Bréfritari: Sigríður Pálsdóttir
Viðtakandi: Páll Pálsson
Dagsetning: A-1842-09-18
Skrifað á: Síðumúla  Mýr.
Páll var bróðir Sigríðar

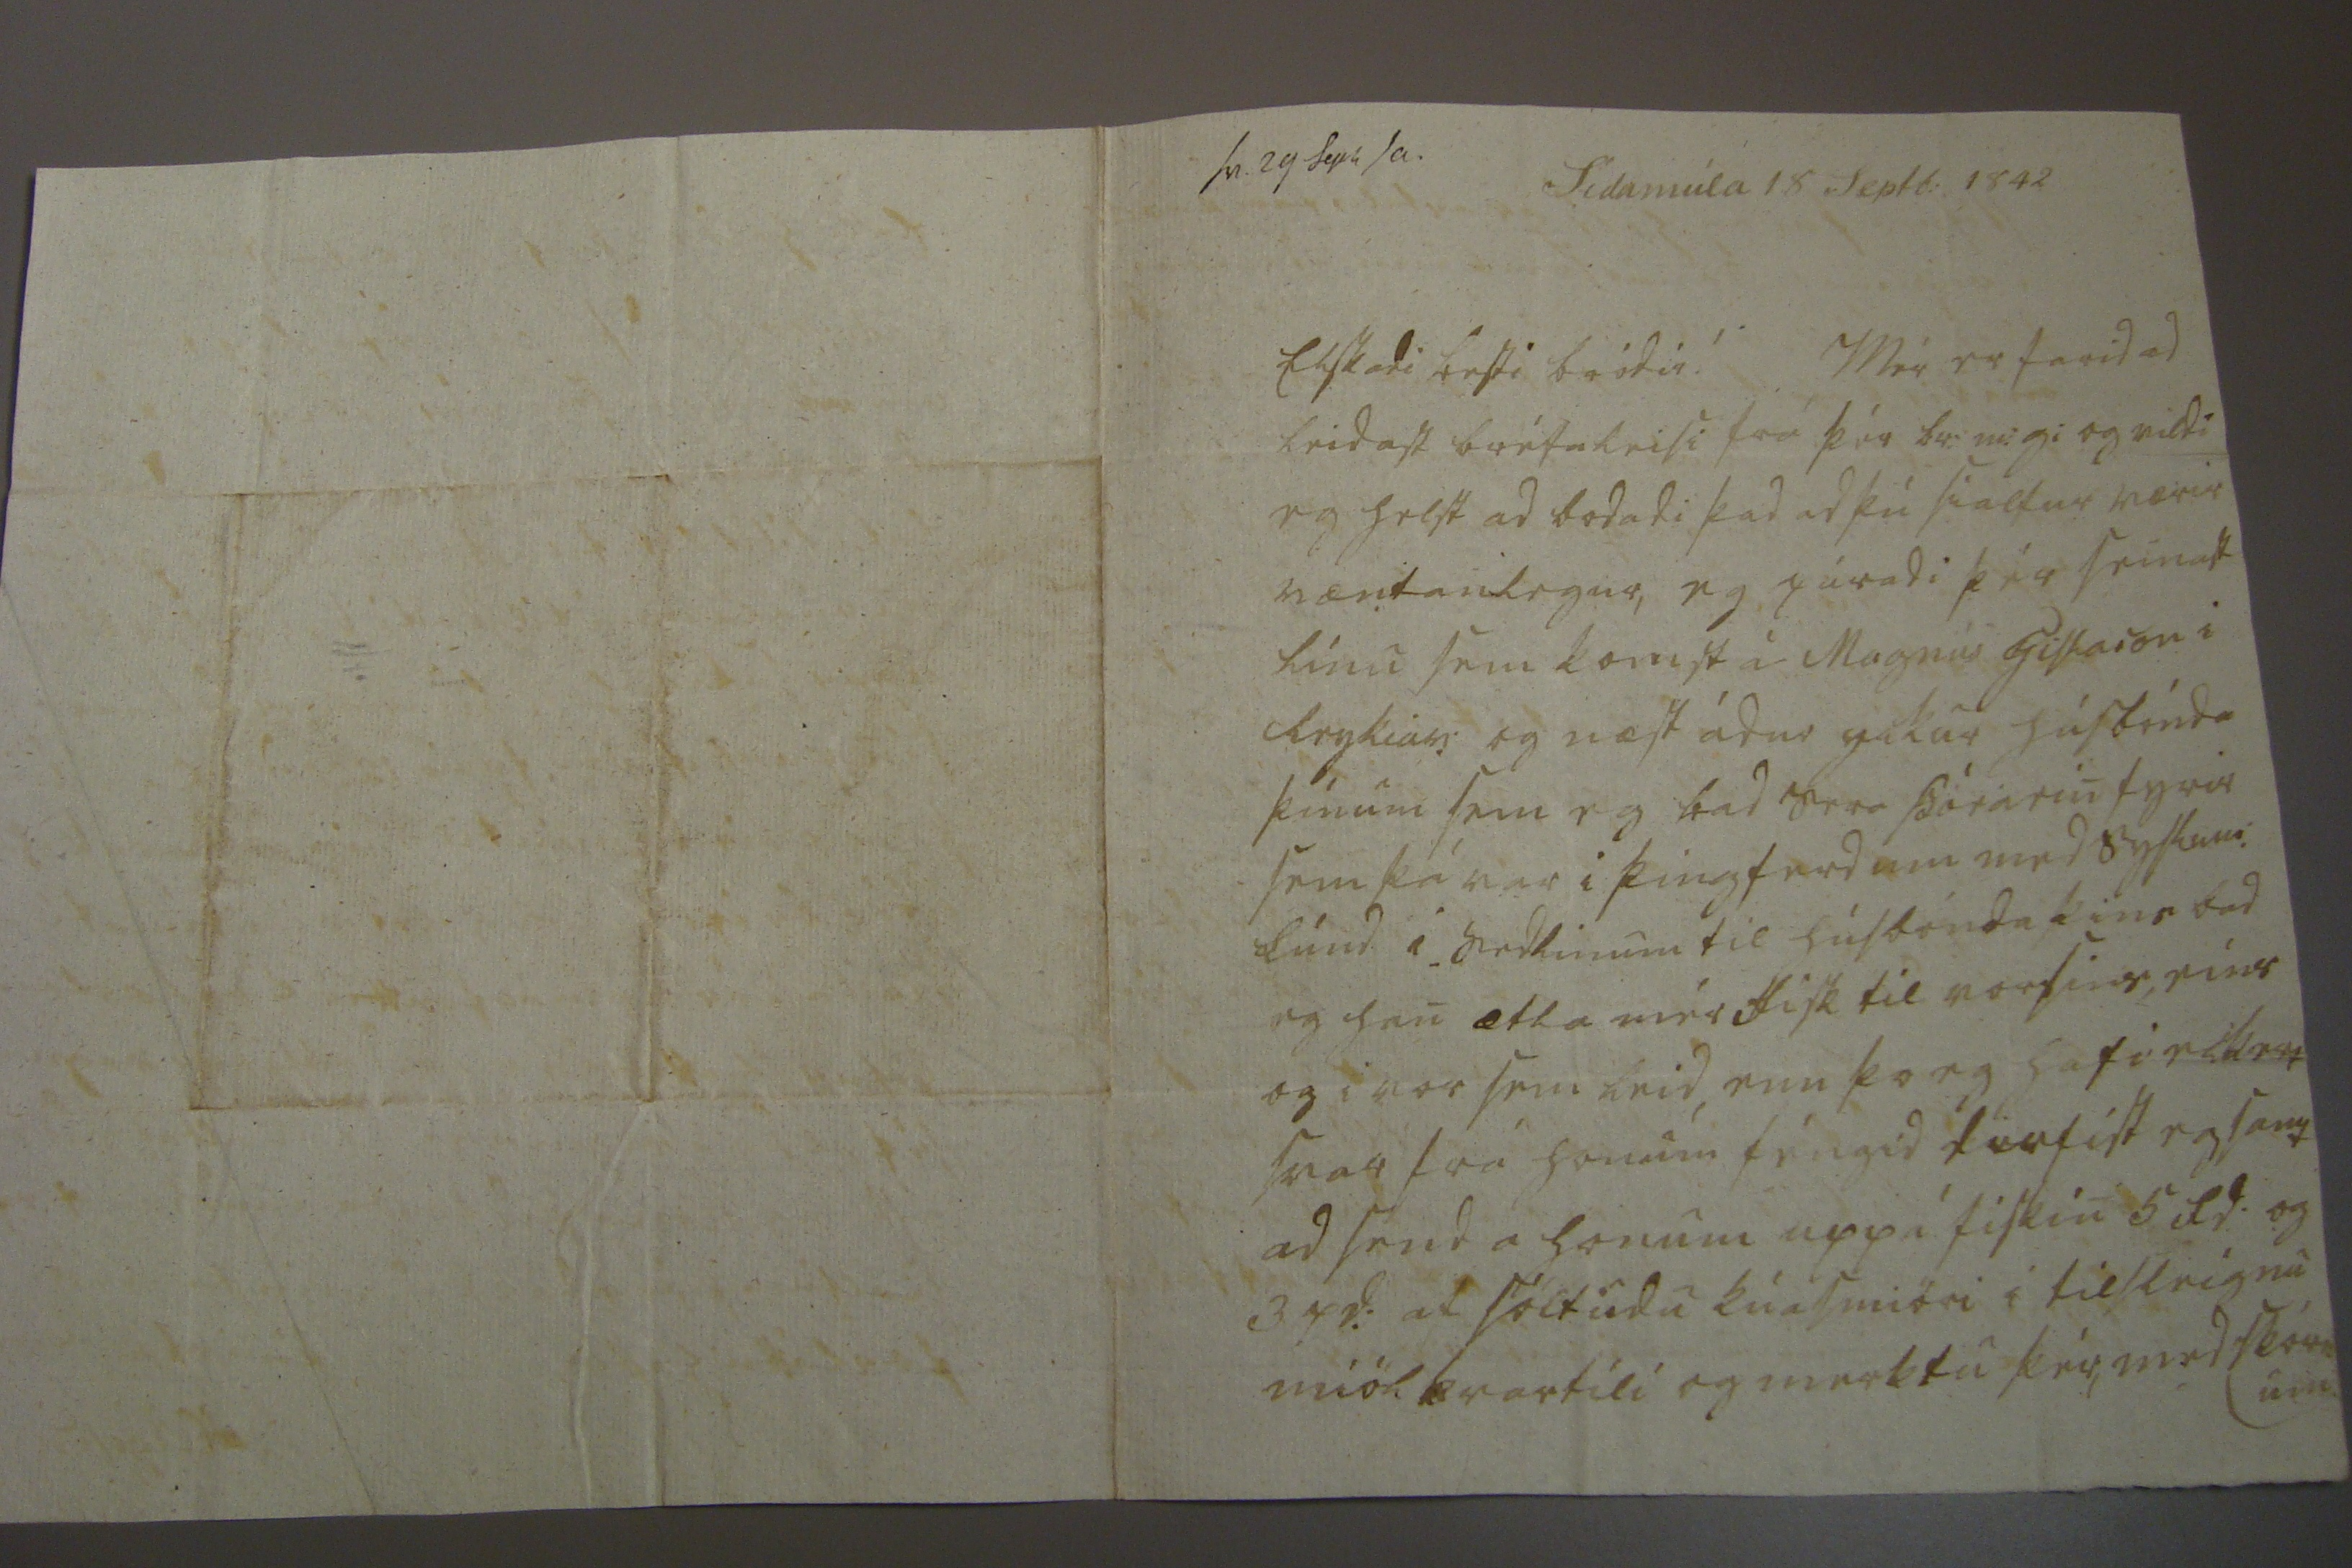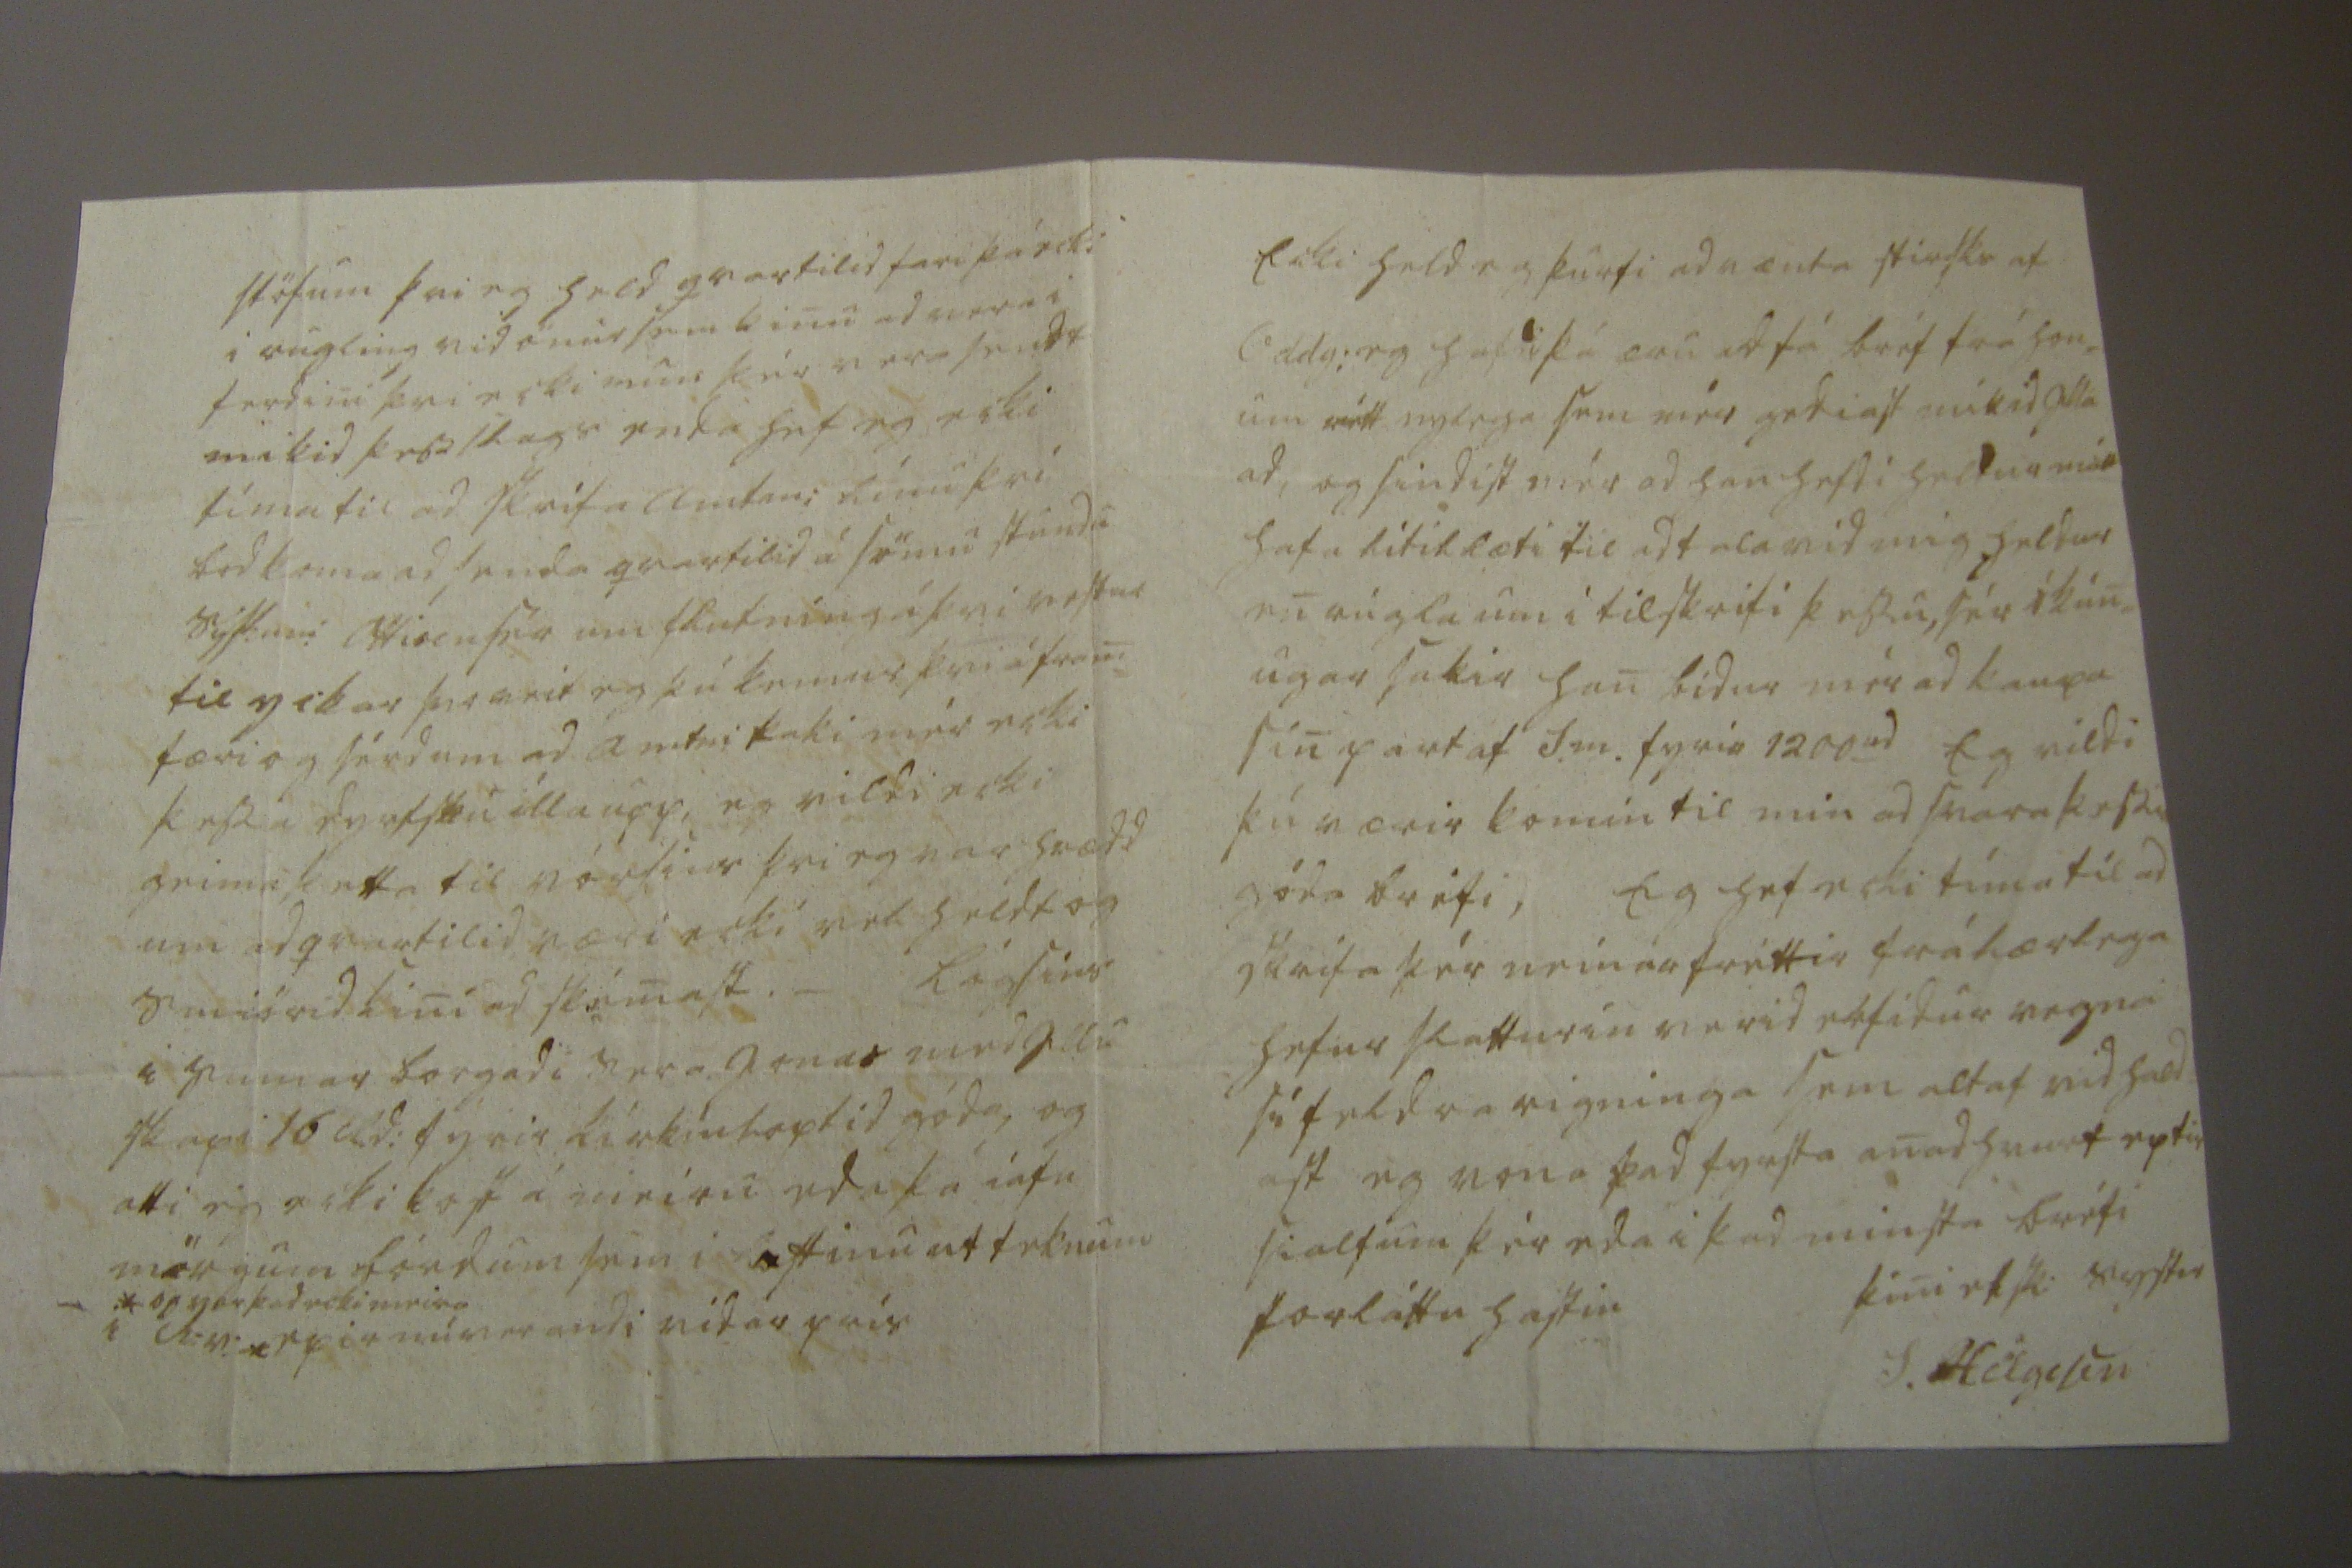

sv. 29 Seph sa. Sídamúla 18 Septb: 1842
Elskadi besti bródir! Mér er farid ad leidast bréfaleisi frá þér br: m: g: og vildi eg helst ad bodadi þad ad þú sialfur værir væntanlegur, eg páradi þér seinast línu sem komst á Magnús Gislason i Reykiav: og næst ádur yckur húsbónda þínum sem eg bad Sera Þórarin fyrir sem þá var i Þingferdum med syslum: Lúnd. i sedlinum til húsbónda þins bad eg han ætla mér fisk til vorsins, eins og i vor sem leid, enn þo eg hafi eckert svar frá honum féngid dirfist eg samt ad senda honum uppí fiskin 5 Rd. og 3 pd: af söltudu kúasmiöri i tilsleignu miölkvartili og merktu þér, med
stórum
stöfum þvi eg held qvartilid fari þá ecki i rugling vid önur sem kinu ad vera i ferdini þvi ecki mun þér vera sendt mikid þess slags enda hef eg ecki tíma til ad skrifa amtm: línu þvi bod koma ad senda qvartilid á sömu stundu syslum: Ottisen sér um flutning á þvi vestur til yckar
svo
veit eg þú kemur þvi á fram= færi og sérd um ad amtm: taki mér ecki þessu
dyrfsku
illa upp, eg vildi ecki geimi þetta til vórsins þvi eg var hrædd um ad qvartilid væri ecki vel héldt og smiörid kini ad skémast._ Lógsins i sumar borgadi Sera Jonas med illu skapi 16 Rd: fyrir kirkiuloptid góda, og atti eg ecki kost á meiru eda þá iafn mörgum bóndum sem i loftinu af teknum i R:v: *
_ .* og var þad ecki meira
exir mín er audi vídar prís
Ecki held eg þurfi ad vænta stirks af oddg: eg haddi þá æru ad fá bréf frá hon= um rétt nylega sem mér gediast mikid illa ad, og sindist mér ad han hefdi heldur mátt hafa lítillæti til ad tala vid mig heldur en rugla um i tilskrifi þessu, sér ókun= ugar sakir han bídur mér ad aupa sin part af S.m. fyrir 1200
rd
Eg vildi þú værir komin til min ad svara þessu góda bréfi, Eg hef ecki tíma til ad skrifa þér neinar fréttir frábærlega hefur slatturin verid
er
fidur vegna sífeldra rigninga sem altaf vid hald= ast eg vona þad fyrsta anad hvurt eptir sialfum þér eda i þad minsta bréfi
forláttu hastin þini elsk: systir
S. Helgason